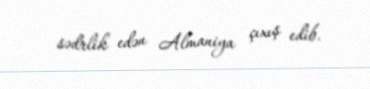
sədrlik edən Almaniya çıxış edib.